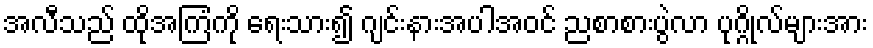
အလီသည် ထိုအကြံကို ရေးသား၍ ဂျင်းနားအပါအဝင် ညစာစားပွဲလာ ပုဂ္ဂိုလ်များအား